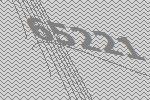
65221